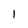
Character: l